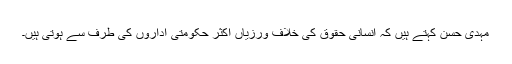
مہدی حسن کہتے ہیں کہ انسانی حقوق کی خلاف ورزیاں اکثر حکومتی اداروں کی طرف سے ہوتی ہیں۔